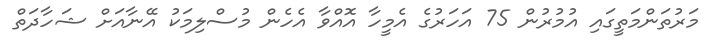
މަރުތަންމަތީގައި އުމުރުން 75 އަހަރުގެ އެމީހާ އޮއްވާ އެހެން މުސްލިމަކު އޭނާއަށް ޝަހާދަތް